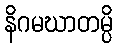
နိဂမဃာတမ္ပိ